Annual report on the mental hospital in the Central Provinces and Berar (Nagpur) - 1927-1951
Year: 1927
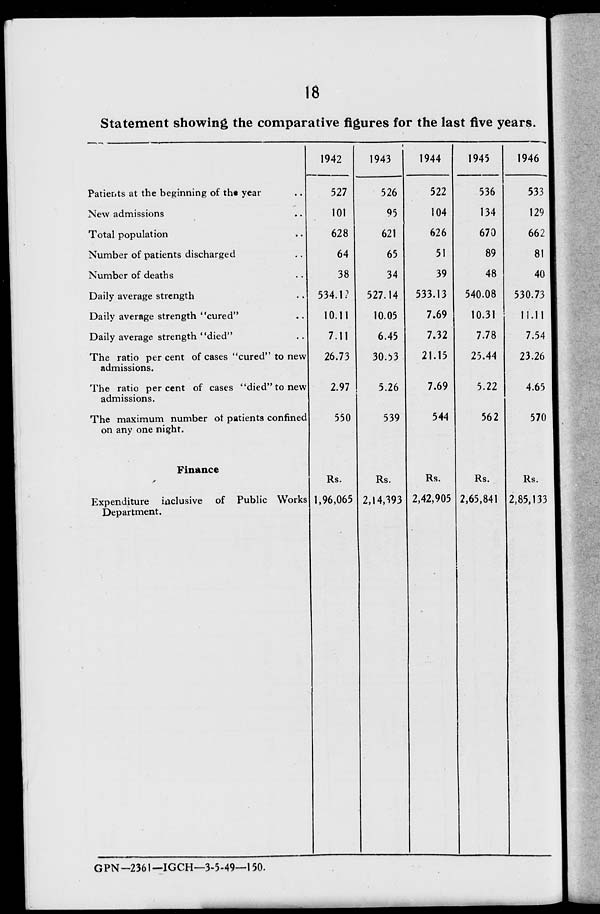
1
Statement showing the comparative figures for the last five years.
1942
Patients at the beginning of tht year
New admissions
Total population
Number of patients discharged
Number of deaths
Daily average strength
Daily average strength "cured"
Daily average strength "died"
The ratio per cent of cases "cured" to new
admissions.
The ratio percent of cases "died" to new
admissions.
The maximum number ot patients confined
on any one night.
Finance
Expenditure inclusive of Public Works
Department.
527
101
628
64
38
534.1?
10.11
7.11
26.73
2.97
550
1943
1944
526
522
95
104
621
626
65
51
34
39
527.14
533.13
10.05
7.69
6.45
7.32
30.D3
21.15
Rs.
1,96,065
5.26
539
Rs.
2,14,393
7.69
544
1945
536
134
670
89
48
540.08
10.31
7.78
25.44
Rs.
2,42,905
5.22
56 2
Rs.
2,65,841
GPN-2361—IGCH—3-5-49—150.
1946
533
129
662
81
40
530.73
11.11
7.54
23.26
4.65
570
Rs.
2,85,133